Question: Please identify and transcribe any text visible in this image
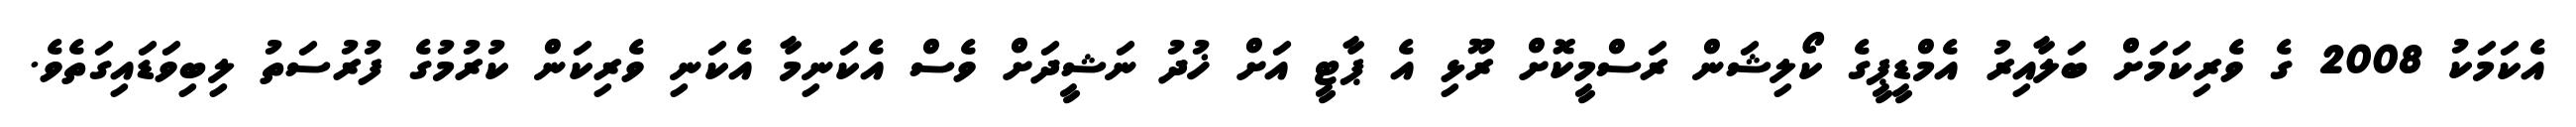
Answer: އެކަމަކު 2008 ގެ ވެރިކަމަށް ބަލާއިރު އެމްޑީޕީގެ ކޯލިޝަން ރަސްމީކޮށް ރޫޅި އެ ޕާޓީ އަށް ޚުދު ނަޝީދަށް ވެސް އެކަނިމާ އެކަނި ވެރިކަން ކުރުމުގެ ފުރުސަތު ލިބިވަޑައިގަތެވެ.